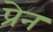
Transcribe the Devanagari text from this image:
प्रेन